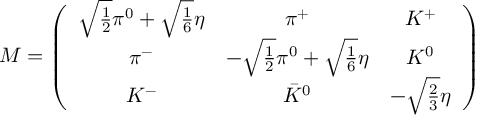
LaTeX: { M } = \left( \begin{array} { c c c } { { \sqrt { \frac { 1 } { 2 } } \pi ^ { 0 } + \sqrt { \frac { 1 } { 6 } } \eta } } & { { \pi ^ { + } } } & { { K ^ { + } \nonumber } } \\ { { \pi ^ { - } } } & { { - \sqrt { \frac { 1 } { 2 } } \pi ^ { 0 } + \sqrt { \frac { 1 } { 6 } } \eta } } & { { K ^ { 0 } } } \\ { { K ^ { - } } } & { { { \bar { K } } ^ { 0 } } } & { { - \sqrt { \frac { 2 } { 3 } } \eta } } \end{array} \right)